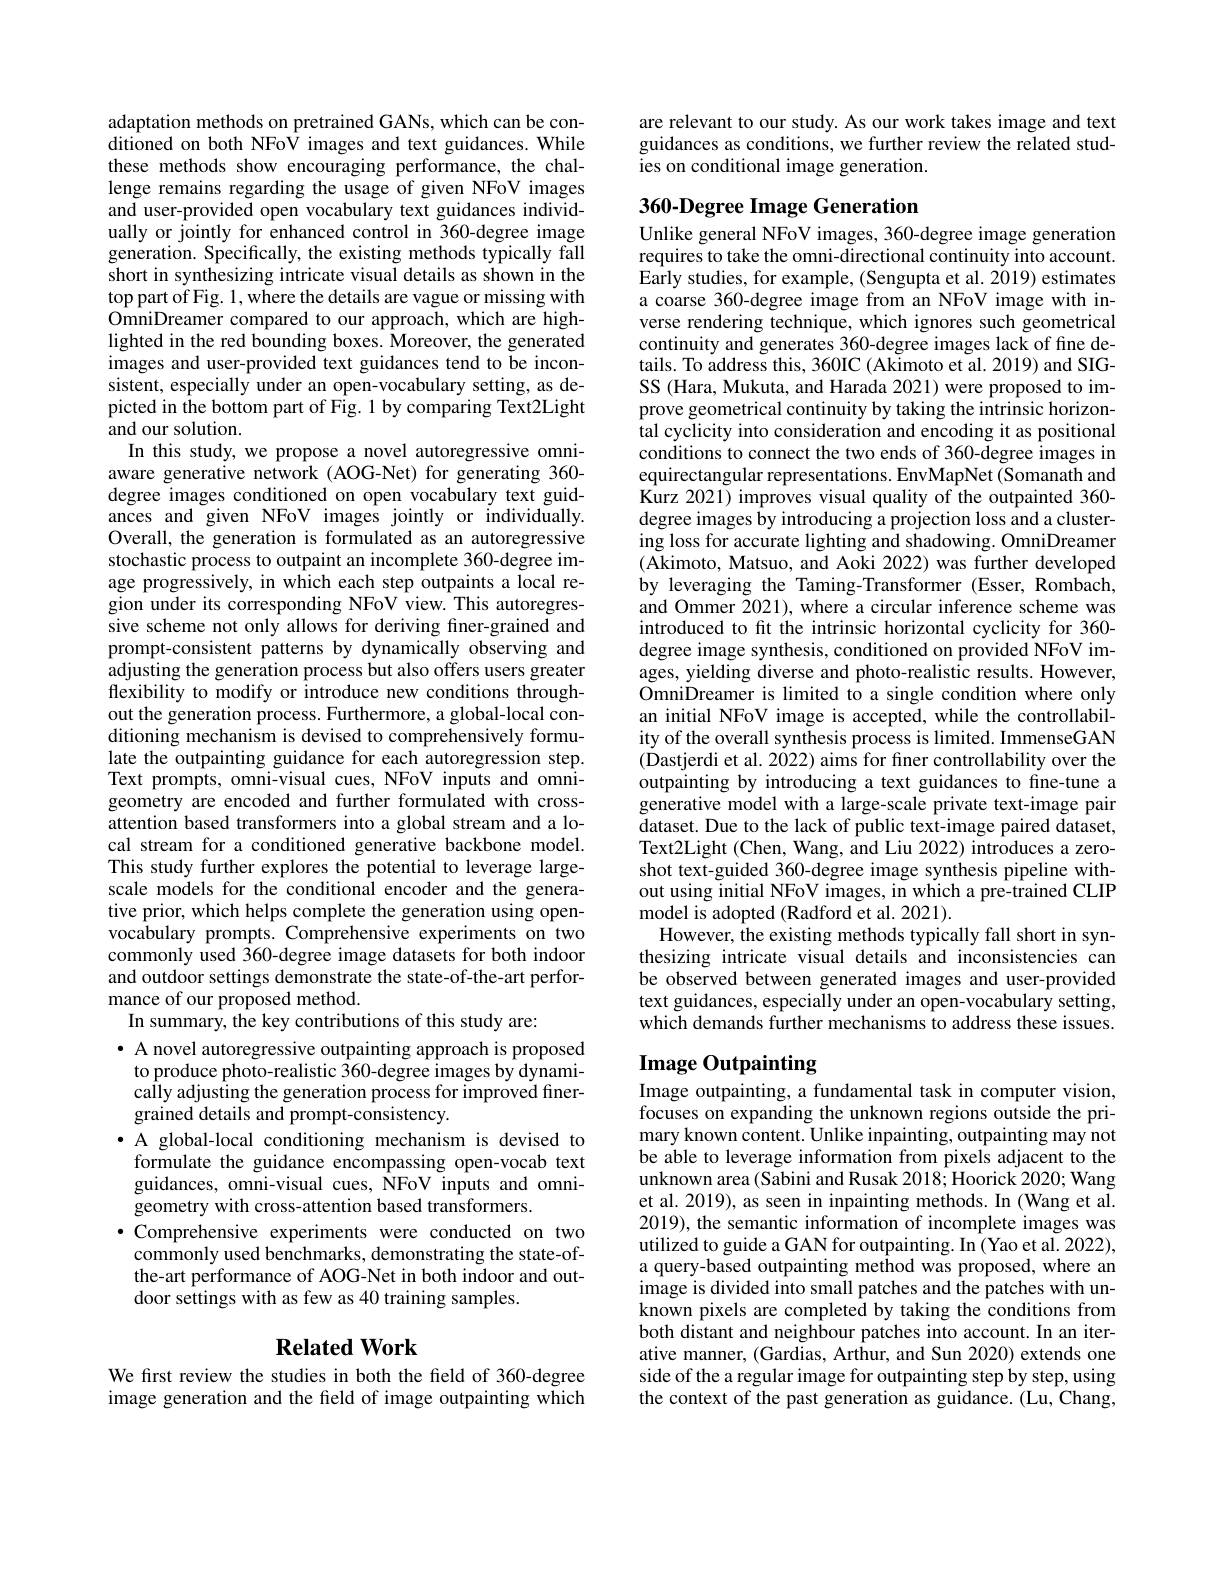
adaptation methods on pretrained GANs, which can be conditioned on both NFoV images and text guidances. While these methods show encouraging performance, the challenge remains regarding the usage of given NFoV images and user-provided open vocabulary text guidances individually or jointly for enhanced control in 360-degree image generation. Specifically, the existing methods typically fall short in synthesizing intricate visual details as shown in the top part of Fig. 1, where the details are vague or missing with OmniDreamer compared to our approach, which are highlighted in the red bounding boxes. Moreover, the generated images and user-provided text guidances tend to be inconsistent, especially under an open-vocabulary setting, as depicted in the bottom part of Fig. 1 by comparing Text2Light and our solution.
In this study, we propose a novel autoregressive omniaware generative network (AOG-Net) for generating 360- degree images conditioned on open vocabulary text guidances and given NFoV images jointly or individually. Overall, the generation is formulated as an autoregressive stochastic process to outpaint an incomplete 360-degree image progressively, in which each step outpaints a local region under its corresponding NFoV view. This autoregressive scheme not only allows for deriving finer-grained and prompt-consistent patterns by dynamically observing and adjusting the generation process but also offers users greater flexibility to modify or introduce new conditions throughout the generation process. Furthermore, a global-local conditioning mechanism is devised to comprehensively formulate the outpainting guidance for each autoregression step. Text prompts, omni-visual cues, NFoV inputs and omnigeometry are encoded and further formulated with crossattention based transformers into a global stream and a local stream for a conditioned generative backbone model. This study further explores the potential to leverage largescale models for the conditional encoder and the generative prior, which helps complete the generation using openvocabulary prompts. Comprehensive experiments on two commonly used 360-degree image datasets for both indoor and outdoor settings demonstrate the state-of-the-art performance of our proposed method.
In summary, the key contributions of this study are:
· A novel autoregressive outpainting approach is proposed to produce photo-realistic 360-degree images by dynamically adjusting the generation process for improved finergrained details and prompt-consistency.
·A global-local conditioning mechanism is devised to
formulate the guidance encompassing open-vocab text guidances, omni-visual cues, NFoV inputs and omnigeometry with cross-attention based transformers.
$\bullet$ Comprehensive experiments were conducted on two
$\hat{\text{commonly used benchmarks, demonstrating the state-of-}}$ the-art performance of AOG-Net in both indoor and outdoor settings with as few as 40 training samples.
$\textbf{Related Work}$

We first review the studies in both the field of 360-degree image generation and the field of image outpainting which

are relevant to our study. As our work takes image and text guidances as conditions, we further review the related studies on conditional image generation.

## 360-Degree Image Generation Unlike general NFoV images, 360-degree image generation

requires to take the omni-directional continuity into account. Early studies, for example, (Sengupta et al. 2019) estimates a coarse 360-degree image from an NFoV image with inverse rendering technique, which ignores such geometrical continuity and generates 360-degree images lack of fine details. To address this, 360IC (Akimoto et al. 2019) and SIGSS (Hara, Mukuta, and Harada 2021) were proposed to improve geometrical continuity by taking the intrinsic horizontal cyclicity into consideration and encoding it as positional conditions to connect the two ends of 360-degree images in equirectangular representations. EnvMapNet (Somanath and Kurz 2021) improves visual quality of the outpainted 360- degree images by introducing a projection loss and a clustering loss for accurate lighting and shadowing. OmniDreamer (Akimoto, Matsuo, and Aoki 2022) was further developed by leveraging the Taming-Transformer (Esser, Rombach, and Ommer 2021), where a circular inference scheme was introduced to fit the intrinsic horizontal cyclicity for 360- degree image synthesis, conditioned on provided NFoV images, yielding diverse and photo-realistic results. However, OmniDreamer is limited to a single condition where only an initial NFoV image is accepted, while the controllability of the overall synthesis process is limited. ImmenseGAN (Dastjerdi et al. 2022) aims for fner controllability over the outpainting by introducing a text guidances to fine-tune a generative model with a large-scale private text-image pair dataset. Due to the lack of public text-image paired dataset, Text2Light (Chen, Wang, and Liu 2022) introduces a zeroshot text-guided 360-degree image synthesis pipeline without using initial NFoV images, in which a pre-trained CLIP model is adopted (Radford et al. 2021).
However, the existing methods typically fall short in synthesizing intricate visual details and inconsistencies can be observed between generated images and user-provided text guidances, especially under an open-vocabulary setting, which demands further mechanisms to address these issues. Image Outpainting

Image outpainting, a fundamental task in computer vision, focuses on expanding the unknown regions outside the primary known content. Unlike inpainting, outpainting may not be able to leverage information from pixels adjacent to the unknown area (Sabini and Rusak 2018; Hoorick 2020; Wang et al. 2019), as seen in inpainting methods. In (Wang et al. 2019), the semantic information of incomplete images was utilized to guide a GAN for outpainting. In (Yao et al. 2022), a query-based outpainting method was proposed, where an image is divided into small patches and the patches with unknown pixels are completed by taking the conditions from both distant and neighbour patches into account.In an iterative manner, (Gardias, Arthur, and Sun 2020) extends one side of the a regular image for outpainting step by step, using the context of the past generation as guidance. (Lu, Chang,